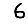
Digit: 6